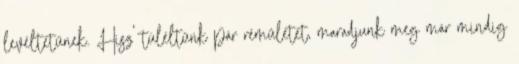
levéltetűnek. Hisz' túléltünk pár rémületet, maradjunk meg már mindig